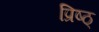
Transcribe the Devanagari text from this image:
प्रिष्ठ्